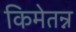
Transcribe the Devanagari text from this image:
किमेतन्न